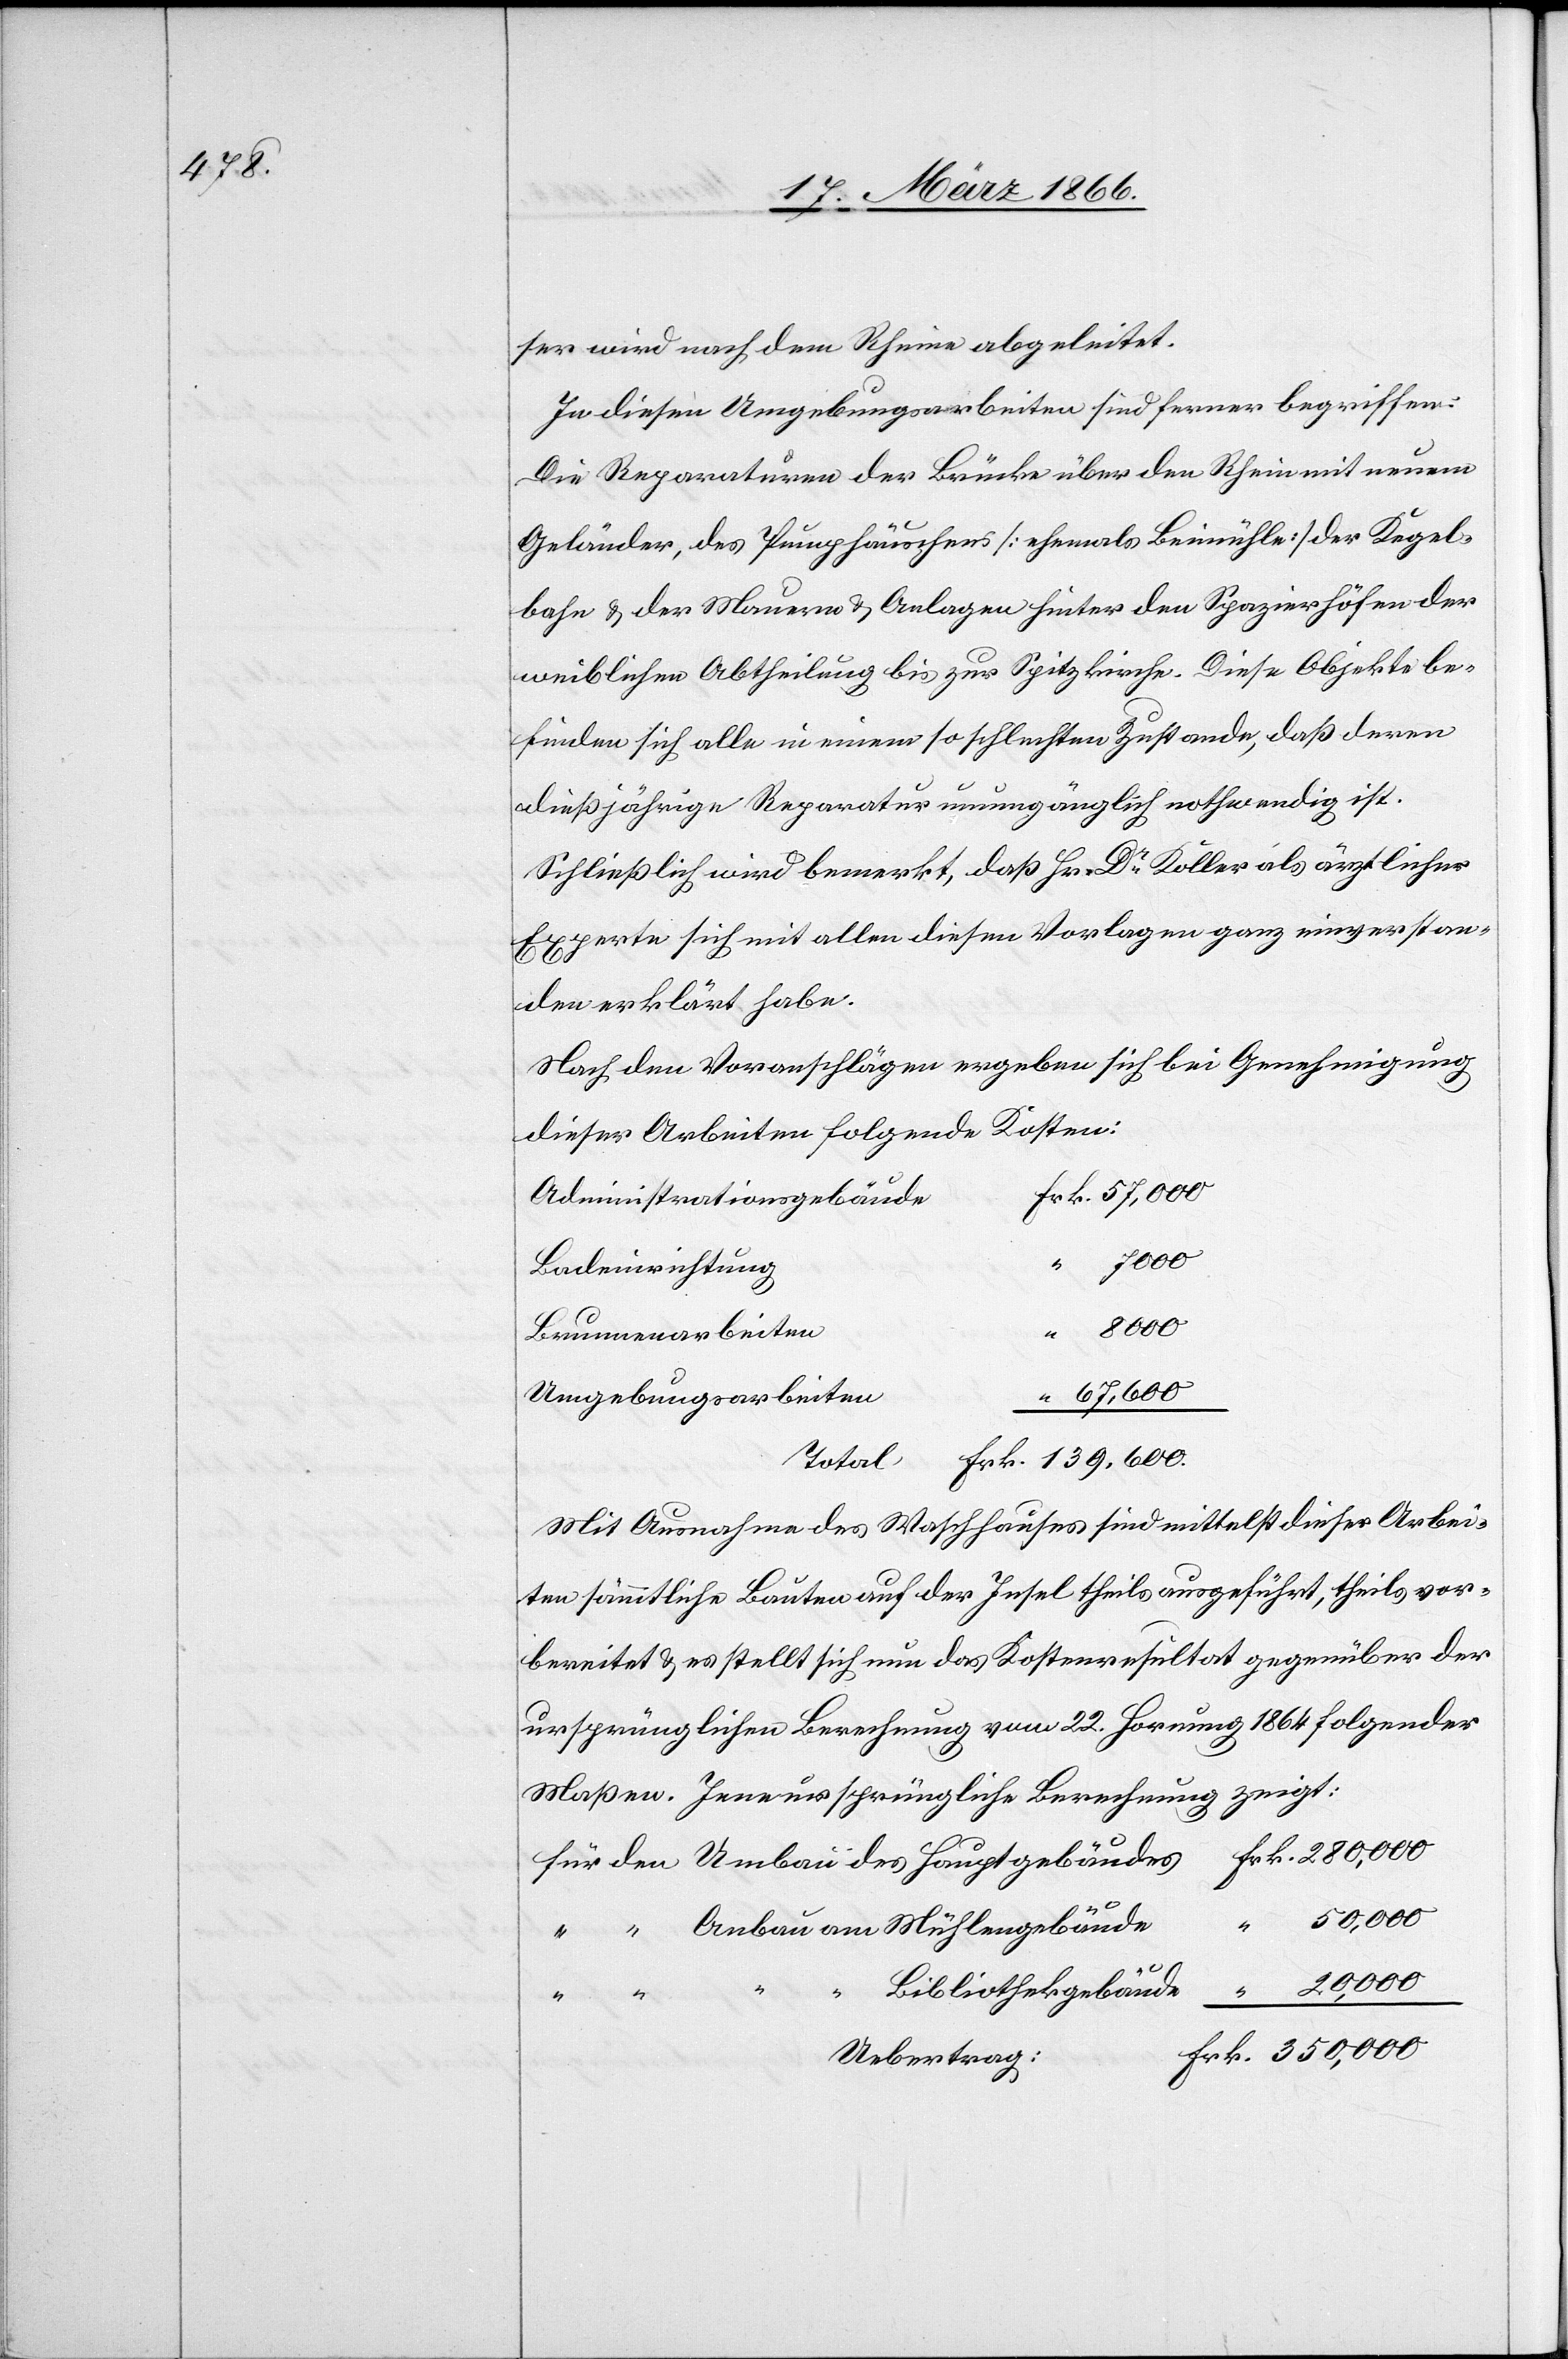
ser wird nach dem Rheine abgeleitet.
In diesen Umgebungsarbeiten sind ferner begriffen:
Die Reparaturen der Brücke über den Rhein mit neuem
Geländer, des Pumphäuschens [ehemals Beimühle] der Kegel¬
bahn u. der Mauern u. Anlagen hinter den Spazierhöfen der
weiblichen Abtheilung bis zur Spitzkirche. Diese Objekte be¬
finden sich alle in einem so schlechten Zustande, daß deren
dießjährige Reparatur unumgänglich nothwendig ist.
“
Schließlich wird bemerkt, daß Hr. Dr. Koller als ärztlicher
Experte sich mit allen diesen Vorlagen ganz einverstan¬
den erklärt habe.
Nach den Voranschlägen ergeben sich bei Genehmigung
dieser Arbeiten folgende Kosten:
Administrativgebäude
000
Badeinrichtung
Brunnenarbeiten
Umgebungsarbeiten
50
Total
Mit Ausnahme des Waschhauses sind mittelst dieser Arbei¬
ten sämmtliche Bauten auf der Insel theils ausgeführt, theils vor¬
bereitet u. es stellt sich nun das Konstenresultat gegenüber der
ursprünglichen Berechnung vom 22. Hornung 1864 folgender
dar. Jene ursprüngliche Berechnung zeigt:
Bibliotheksgebäude
Uebertrag